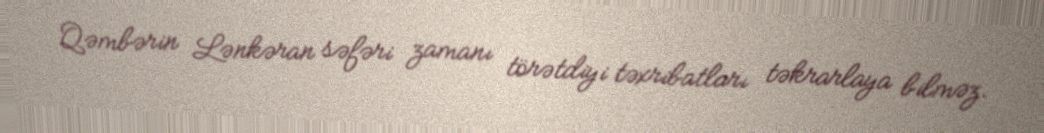
Qəmbərin Lənkəran səfəri zamanı törətdiyi təxribatları təkrarlaya bilməz.